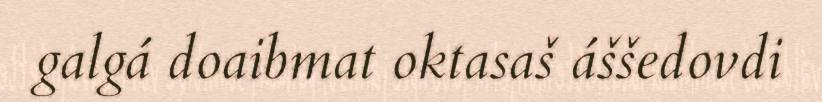
galgá doaibmat oktasaš áššedovdi